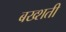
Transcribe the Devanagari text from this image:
बख्शती